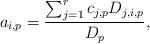
LaTeX: \begin{align*}a_{i,p}=\dfrac{\sum_{j=1}^{r}c_{j,p}D_{j,i,p}}{D_{p}},\end{align*}